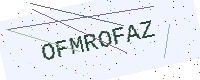
Text: OFMROFAZ